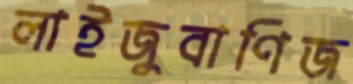
লাইজুবাণিজ